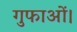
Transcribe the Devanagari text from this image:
गुफाओं।